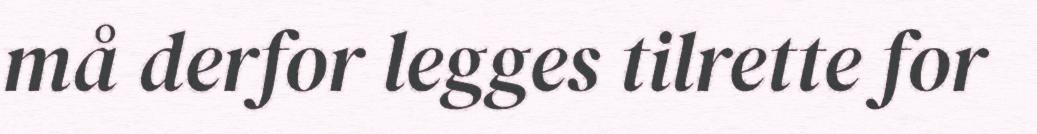
må derfor legges tilrette for